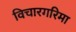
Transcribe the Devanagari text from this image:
विचारगरिमा